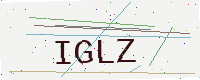
Text: IGLZ